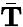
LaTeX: \bar{\mathbf T}